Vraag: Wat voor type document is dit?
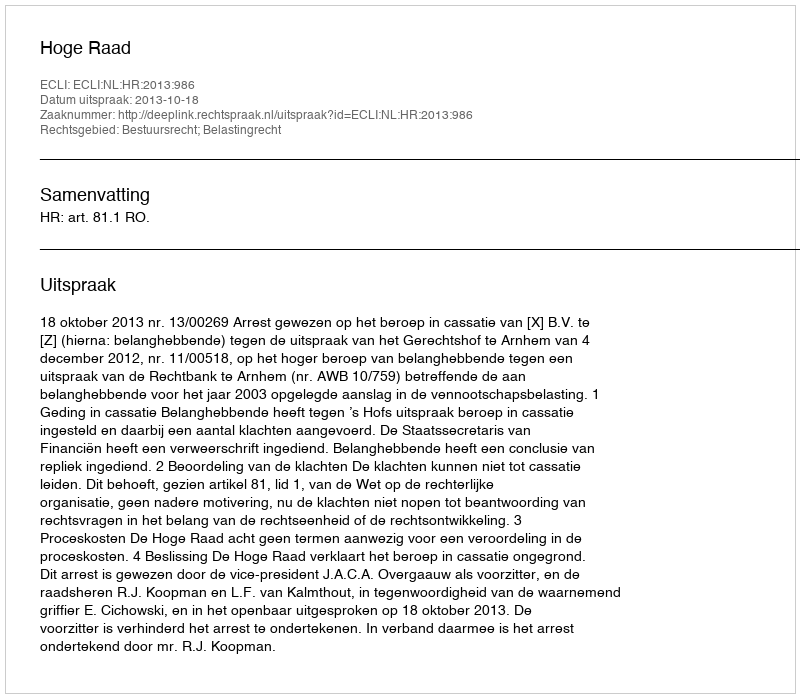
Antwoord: Uitspraak